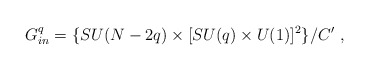
\begin{align*}G_{in}^q = \{ SU(N-2q)\times [SU(q)\times U(1)]^2 \} /C' \ , \end{align*}